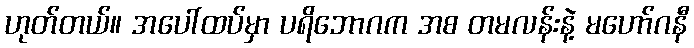
ဟုတ်တယ်။ အပေါ်ထပ်မှာ ပရိဘောဂက အစ တမလန်းနဲ့ မဟော်ဂနီ